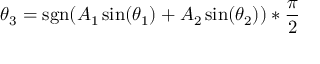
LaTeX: \theta _ { 3 } = \operatorname { s g n } ( A _ { 1 } \sin ( \theta _ { 1 } ) + A _ { 2 } \sin ( \theta _ { 2 } ) ) * { \frac { \pi } { 2 } }